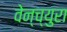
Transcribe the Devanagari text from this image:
वेन्च्युरा